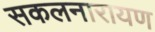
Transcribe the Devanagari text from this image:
सकलनारायण